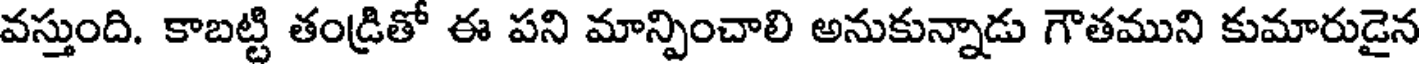
వస్తుంది. కాబట్టి తండ్రితో ఈ పని మాన్పించాలి అనుకున్నాడు గౌతముని కుమారుడైన